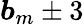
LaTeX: \boldsymbol{b}_{m}\pm 3